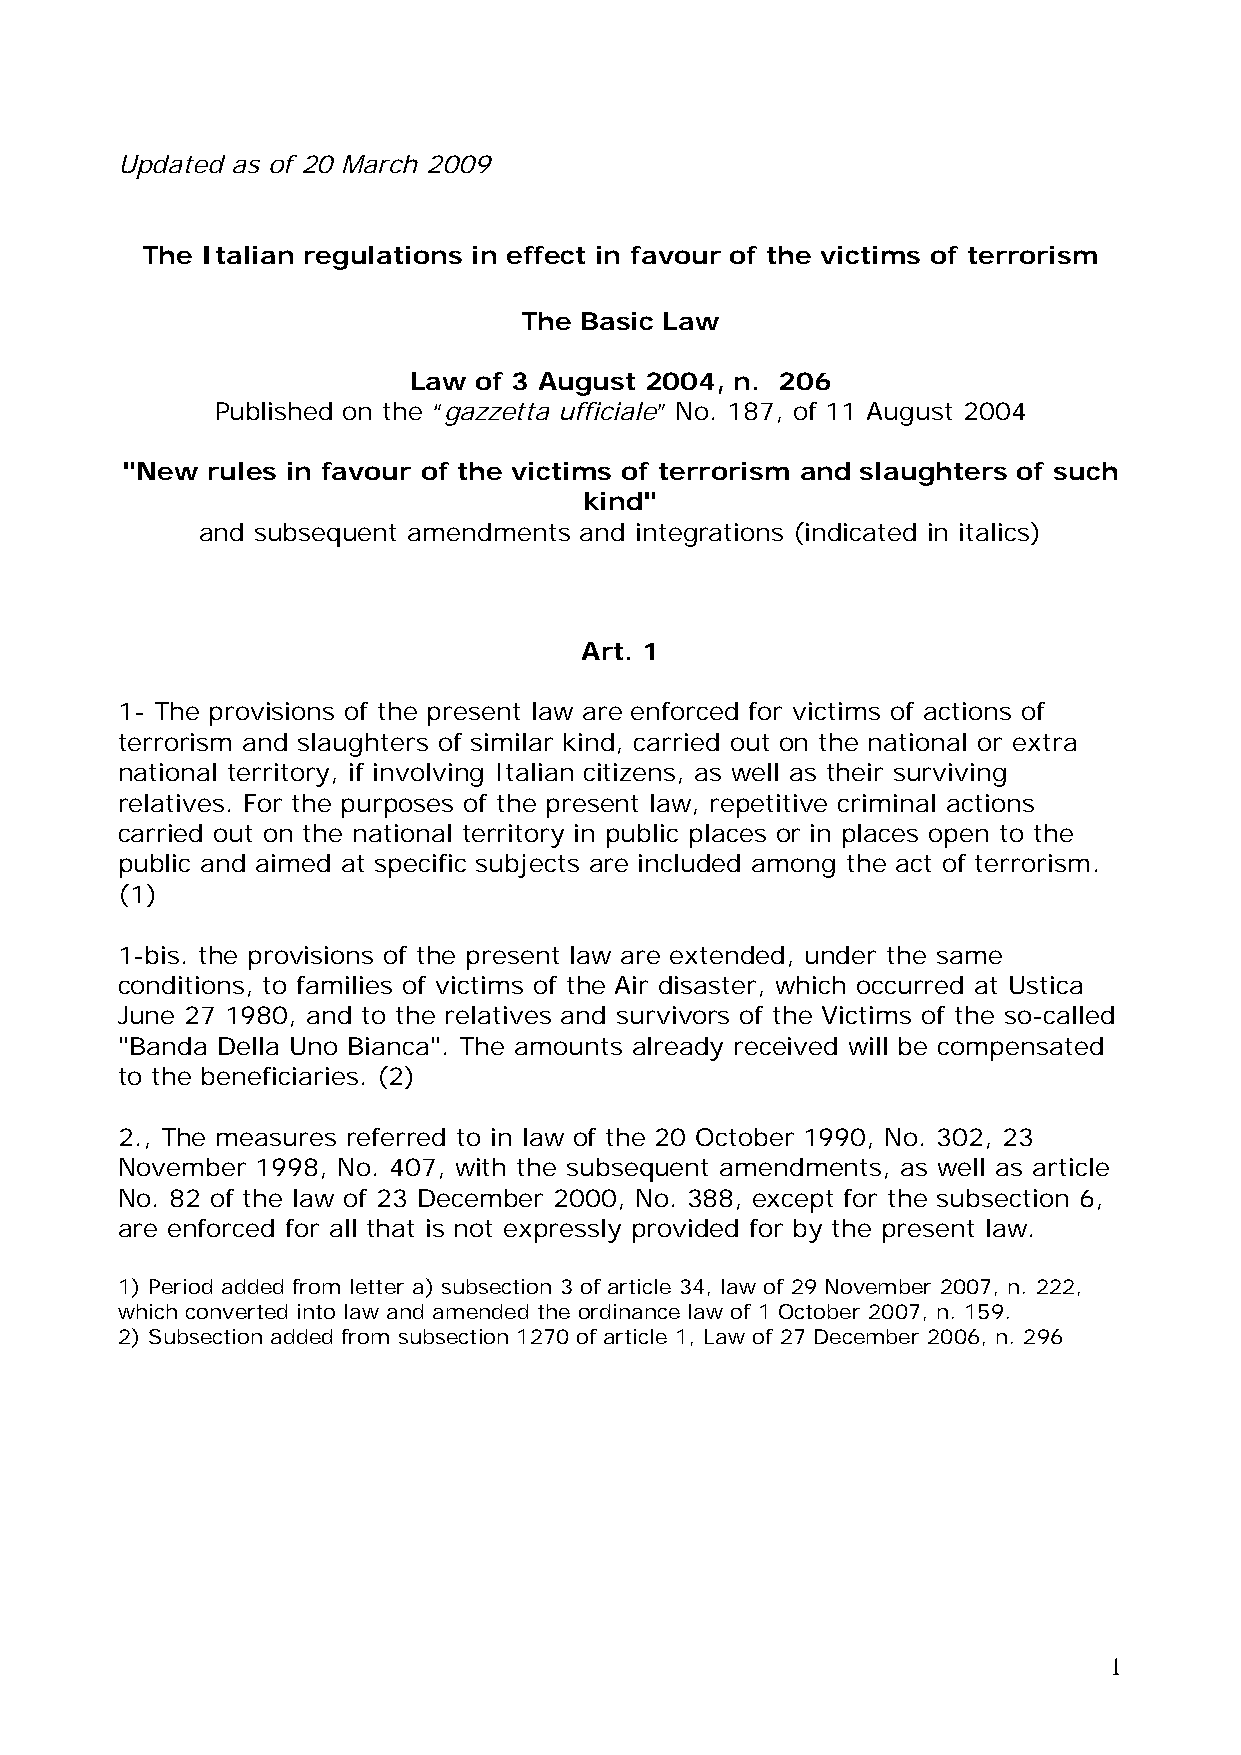
Updated as of 20 March 2009
 The Italian regulations in effect in favour of the victims of terrorism
 The Basic Law
 Law of 3 August 2004, n. 206
 Published on the “gazzetta ufficiale” No. 187, of 11 August 2004
 "New  rules in favour of the victims of terrorism and slaughters of such
 kind"
 and subsequent amendments and integrations (indicated in italics)
 Art. 1
 1- The provisions of the present law are enforced for victims of actions of
 terrorism and slaughters of similar kind, carried out on the national or extra
 national territory, if involving Italian citizens, as well as their surviving
 relatives. For the purposes of the present law, repetitive criminal actions
 carried out on the national territory in public places or in places open to the
 public and aimed at specific subjects are included among the act of terrorism.
 (1)
 1-bis. the provisions of the present law are extended, under the same
 conditions, to families of victims of the Air disaster, which occurred at Ustica
 June 27 1980, and to the relatives and survivors of the Victims of the so-called
 "Banda Della Uno Bianca". The amounts already received will be compensated
 to the beneficiaries. (2)
 2., The measures referred to in law of the 20 October 1990, No. 302, 23
 November 1998, No. 407, with the subsequent amendments, as well as article
 No. 82 of the law of 23 December 2000, No. 388, except for the subsection 6,
 are enforced for all that is not expressly provided for by the present law.
 1) Period added from letter a) subsection 3 of article 34, law of 29 November 2007, n. 222,
 which converted into law and amended the ordinance law of 1 October 2007, n. 159.
 2) Subsection added from subsection 1270 of article 1, Law of 27 December 2006, n. 296
 1